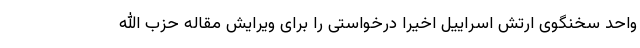
واحد سخنگوی ارتش اسراییل اخیرا درخواستی را برای ویرایش مقاله حزب الله